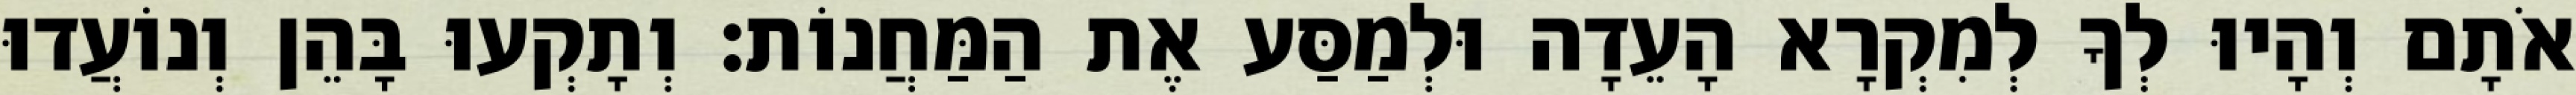
אֹתָם וְהָיוּ לְךָ לְמִקְרָא הָעֵדָה וּלְמַסַּע אֶת הַמַּחֲנוֹת׃ וְתָקְעוּ בָּהֵן וְנוֹעֲדוּ